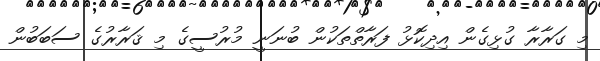
މި ގަރާރާ ގުޅިގެން އިދިކޮޅު ފަރާތްތަކުން ބުނަނީ މުރުސީގެ މި ޤަރާރުގެ ސަބަބުން